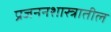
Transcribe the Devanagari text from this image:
प्रजननशास्त्रातील